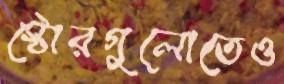
স্টোরগুলোতেও